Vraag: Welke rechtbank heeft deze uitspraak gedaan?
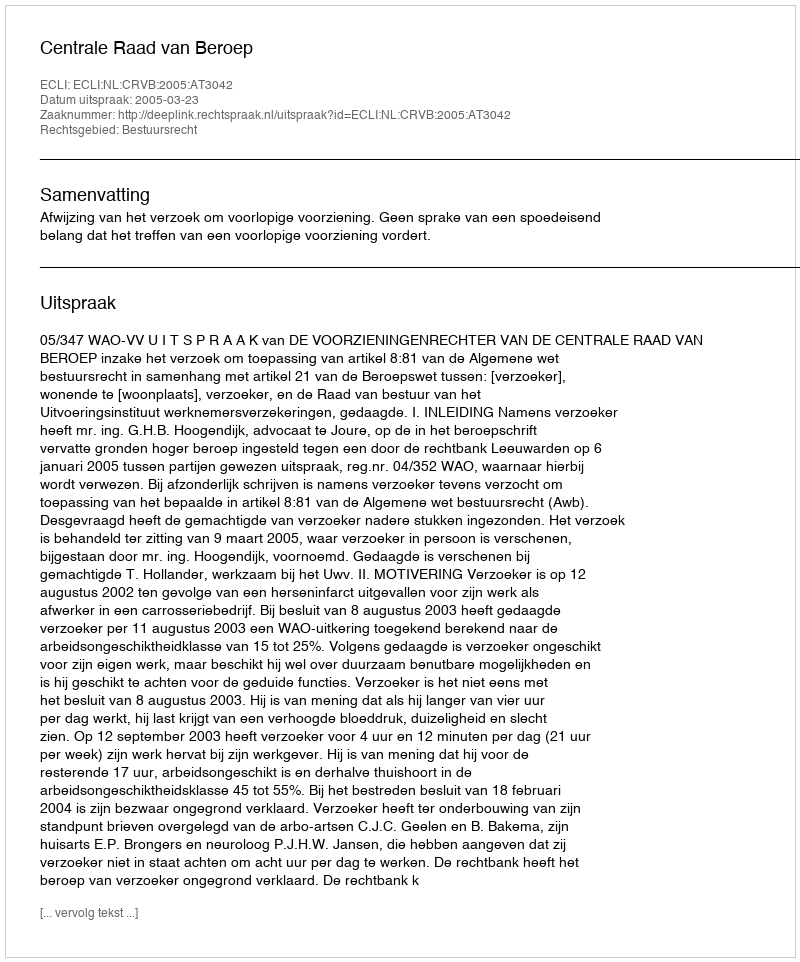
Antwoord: Centrale Raad van Beroep